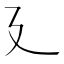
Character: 廴